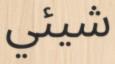
شيئي